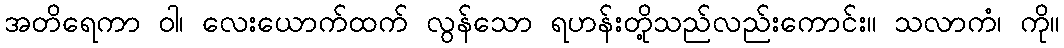
အတိရေကာ ဝါ၊ လေးယောက်ထက် လွန်သော ရဟန်းတို့သည်လည်းကောင်း။ သလာကံ၊ ကို။